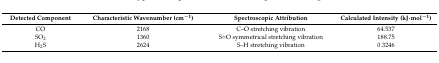
| Detected Component | Characteristic Wavenumber (cm−1) | Spectroscopic Attribution | Calculated Intensity (kJ·mol−1) |
 | --- | --- | --- | --- |
 | CO | 2168 | C–O stretching vibration | 64.537 |
 | SO2 | 1360 | S=O symmetrical stretching vibration | 188.75 |
 | H2S | 2624 | S–H stretching vibration | 0.3246 |